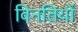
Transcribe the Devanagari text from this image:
विनतियों